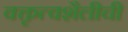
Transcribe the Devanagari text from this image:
वक्तृत्वशैलीची